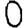
Digit: 0